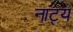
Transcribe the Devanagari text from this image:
नाट्य